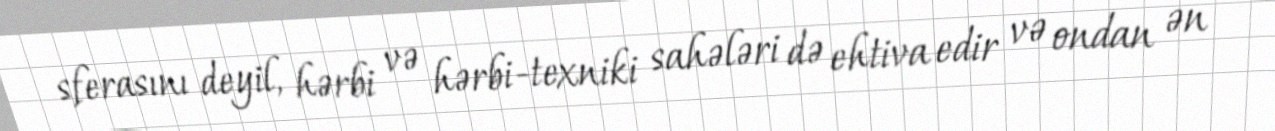
sferasını deyil, hərbi və hərbi-texniki sahələri də ehtiva edir və ondan ən